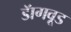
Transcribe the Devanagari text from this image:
डॅागवूड